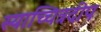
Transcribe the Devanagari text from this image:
स्याच्चित्रदीप